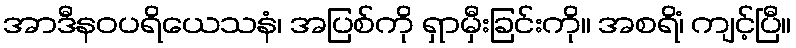
အာဒီနဝပရိယေသနံ၊ အပြစ်ကို ရှာမှီးခြင်းကို။ အစရိံ၊ ကျင့်ပြီ။